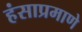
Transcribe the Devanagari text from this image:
हंसाप्रमाणे